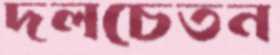
দলচেতন